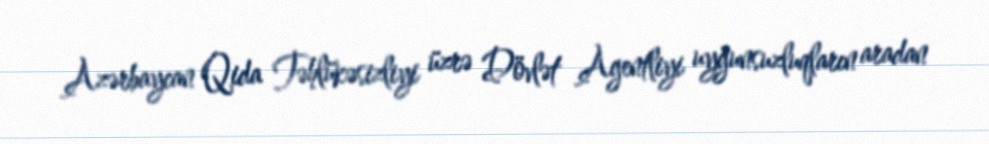
Azərbaycan Qida Təhlükəsizliyi üzrə Dövlət Agentliyi uyğunsuzluqların aradan